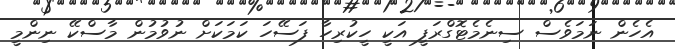
އެހެން ނަމަވެސް ސިނެމެޓޮގްރަފީ އަކީ ހީކުރިހާ ފަސޭހަ ކަމަކަށް ނުވުމުން މާސްކޭ ނިންމީ